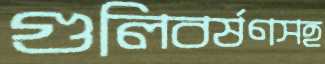
গুলিবর্ষণসহ